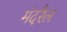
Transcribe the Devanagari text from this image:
मंदरैल